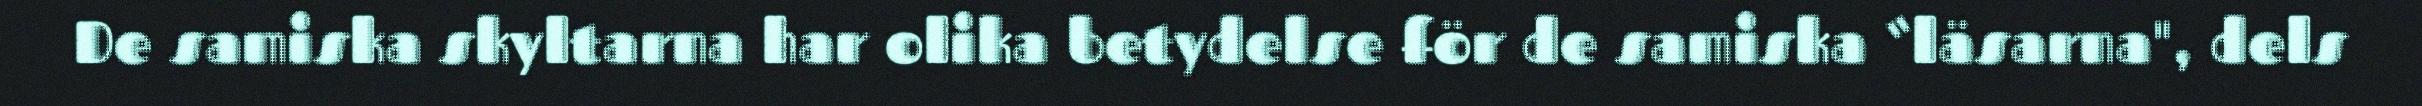
De samiska skyltarna har olika betydelse för de samiska “läsarna", dels